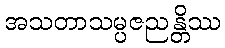
အသတာသမ္ပဇညန္တိဿ